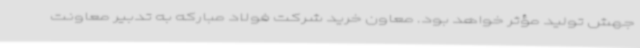
جهش تولید مؤثر خواهد بود. معاون خرید شرکت فولاد مبارکه به تدبیر معاونت